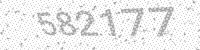
Solution: 582177